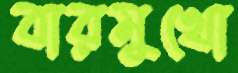
বারমুখো